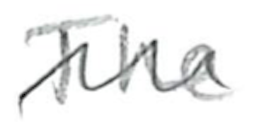
Text: The
Cross-out: wave
Writing tool: pencil